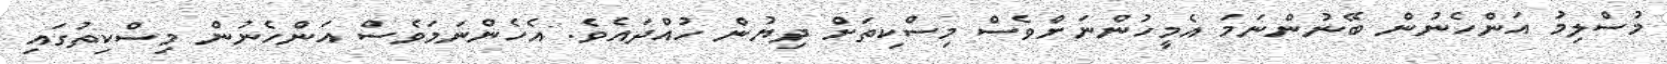
މުސްލިމު އަންހެނުން ބޭނުންނަމަ އެމީހުންނަށްވެސް މިސްކިތަށް ދިޔުން ހުއްދައެވެ. އެހެންނަމަވެސް އަންހެނުން މިސްކިތުގައި